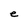
Character: e